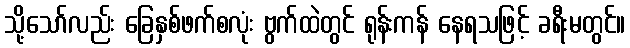
သို့သော်လည်း ခြေနှစ်ဖက်စလုံး ဗွက်ထဲတွင် ရုန်းကန် နေရသဖြင့် ခရီးမတွင်။